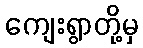
ကျေးရွာတို့မှ